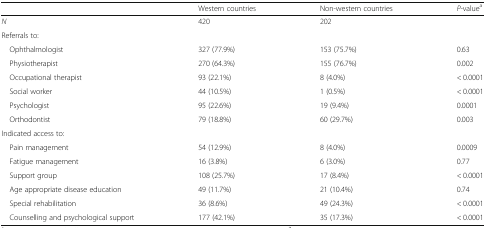
<table><thead><tr><td></td><td><b>Western countries</b></td><td><b>Non-western countries</b></td><td><b><i>P</i>-value<sup>a</sup></b></td></tr></thead><tbody><tr><td><i>N</i></td><td>420</td><td>202</td><td></td></tr><tr><td colspan="4">Referrals to:</td></tr><tr><td> Ophthalmologist</td><td>327 (77.9%)</td><td>153 (75.7%)</td><td>0.63</td></tr><tr><td> Physiotherapist</td><td>270 (64.3%)</td><td>155 (76.7%)</td><td>0.002</td></tr><tr><td> Occupational therapist</td><td>93 (22.1%)</td><td>8 (4.0%)</td><td>&lt; 0.0001</td></tr><tr><td> Social worker</td><td>44 (10.5%)</td><td>1 (0.5%)</td><td>&lt; 0.0001</td></tr><tr><td> Psychologist</td><td>95 (22.6%)</td><td>19 (9.4%)</td><td>0.0001</td></tr><tr><td> Orthodontist</td><td>79 (18.8%)</td><td>60 (29.7%)</td><td>0.003</td></tr><tr><td colspan="4">Indicated access to:</td></tr><tr><td> Pain management</td><td>54 (12.9%)</td><td>8 (4.0%)</td><td>0.0009</td></tr><tr><td> Fatigue management</td><td>16 (3.8%)</td><td>6 (3.0%)</td><td>0.77</td></tr><tr><td> Support group</td><td>108 (25.7%)</td><td>17 (8.4%)</td><td>&lt; 0.0001</td></tr><tr><td> Age appropriate disease education</td><td>49 (11.7%)</td><td>21 (10.4%)</td><td>0.74</td></tr><tr><td> Special rehabilitation</td><td>36 (8.6%)</td><td>49 (24.3%)</td><td>&lt; 0.0001</td></tr><tr><td> Counselling and psychological support</td><td>177 (42.1%)</td><td>35 (17.3%)</td><td>&lt; 0.0001</td></tr></tbody></table>